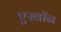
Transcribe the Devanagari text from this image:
एस्वॉन